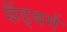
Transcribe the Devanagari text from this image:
सैंड्बर्ग